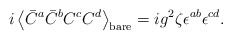
\begin{align*}i\left<\bar C^a\bar C^bC^cC^d\right>_{\rm bare} =ig^2\zeta\epsilon^{ab}\epsilon^{cd}.\end{align*}